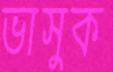
ভাসুক